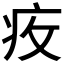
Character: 𱱌